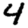
Digit: 4